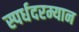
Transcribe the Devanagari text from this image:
स्पर्धदरम्यान